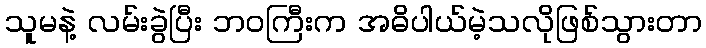
သူမနဲ့ လမ်းခွဲပြီး ဘဝကြီးက အဓိပါယ်မဲ့သလိုဖြစ်သွားတာ